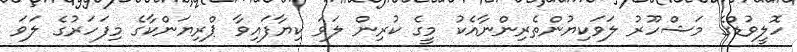
ހޮލީވުޑްގެ މަޝްހޫރު ލަވަކިޔުންތެރިންނާއެކު މީގެ ކުރިން ލަވަ ކިޔާފައިވާ ޕްރިޔަންކާގެ މިފަހަރުގެ ލަވަ